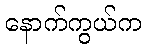
နောက်ကွယ်က